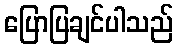
ပြောပြချင်ပါသည်